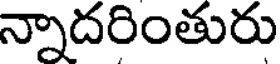
న్నాదరింతురు